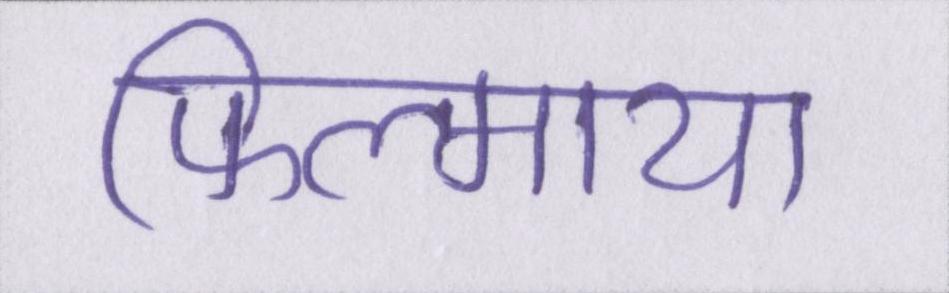
फिल्माया